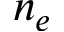
n _ { e }